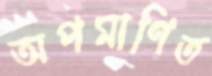
অপমাণিত